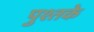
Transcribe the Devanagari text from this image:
पुश्तके